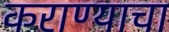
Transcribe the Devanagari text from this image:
कराण्याचा